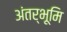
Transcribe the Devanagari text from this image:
अंतर्भूमि